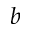
b